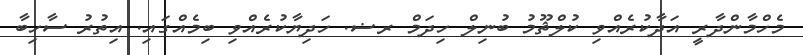
މެހްމާންދާރީ އަދާކުރެއްވި ކުލްޘޫމު ބުނިލް ހިދަމް ރޟ. ހަދިޔާކުރެއްވި ބިމެއްގައި. އިތުރު ސާހިބާ